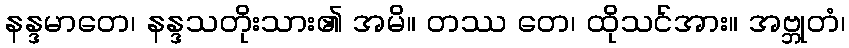
နန္ဒမာတေ၊ နန္ဒသတိုးသား၏ အမိ။ တဿ တေ၊ ထိုသင်အား။ အဗ္ဘုတံ၊